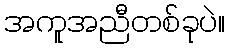
အကူအညီတစ်ခုပဲ။